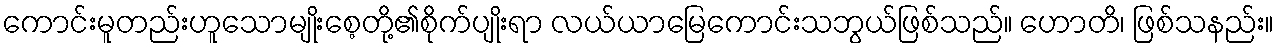
ကောင်းမူတည်းဟူသောမျိုးစေ့တို့၏စိုက်ပျိုးရာ လယ်ယာမြေကောင်းသဘွယ်ဖြစ်သည်။ ဟောတိ၊ ဖြစ်သနည်း။